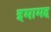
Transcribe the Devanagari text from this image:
इमामह